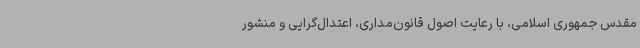
مقدس جمهوری اسلامی، با رعایت اصول قانون‌مداری، اعتدال‌گرایی و منشور